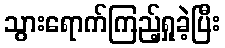
သွားရောက်ကြည့်ရှုခဲ့ပြီး